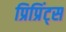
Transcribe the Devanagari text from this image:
प्रिप्रिंट्स